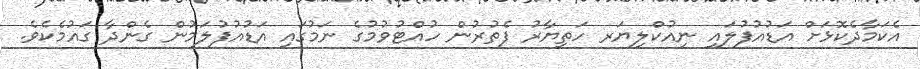
އެކަމާދެކޮޅަށް އަޑުއުފުލައި ނިއުކްލިޔަރ ހަތިޔާރު ފެތުރުން ހުއްޓުވުމުގެ ނަމުގައި އަޑުއުފުލަމުން ގެންދާ ގައުމެކެވެ.